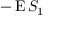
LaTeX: - \operatorname { E } S _ { 1 }